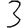
Digit: 3